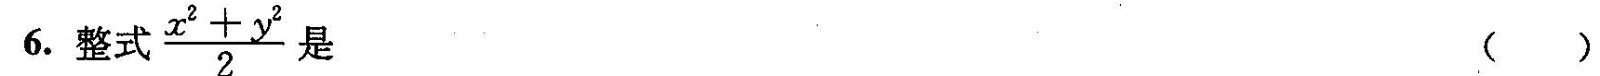
6.整式$$\frac { x ^ { 2 } + y ^ { 2 } } { 2 }$$ ( )